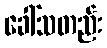
ခေါ်သတည်း